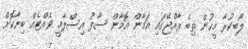
ލޯބިކުރާ މީހުން ތިބެ ރާއްޖޭގައި އަމާން އޮމާން ސާފު އިސްލާމީ ވެއްޓެއް ބިނާކޮށް